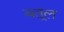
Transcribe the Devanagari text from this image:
बतूल